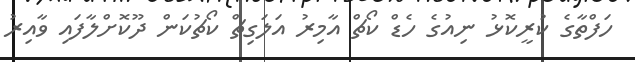
ހަފްތާގެ ކުރީކޮޅު ނިއުގެ ހެޑް ކޯޗް އާމިރު އަލަގިޗް ކޯޗުކަން ދޫކޮށްލާފައި ވާއިރު